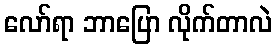
လော်ရာ ဘာပြော လိုက်တာလဲ